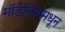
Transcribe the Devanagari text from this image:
मॉडेलिंगमधून